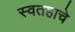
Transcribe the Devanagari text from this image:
स्वतहाचे